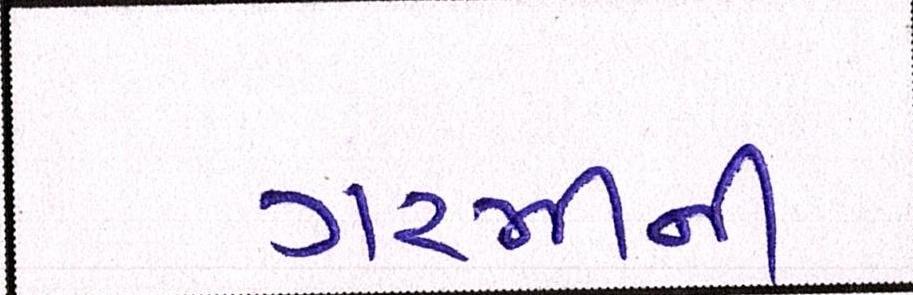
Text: ગરમીની